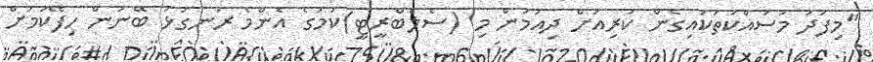
"މިފަދަ މަސައްކަތަކައިގެން ކުރިއަށް ދިއުމުން މި (ސެލެބްރީޓީ)ކަމުގެ އެންމެ ރަނގަޅު ބޭނުން ހިފޭކަމަށް